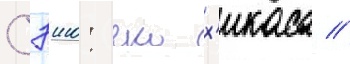
Сэию: еко х'икаса //